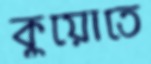
কুয়োতে